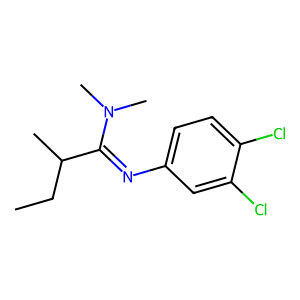
SMILES: CCC(C)C(=Nc1ccc(Cl)c(Cl)c1)N(C)C
Inhibits HIV replication: No